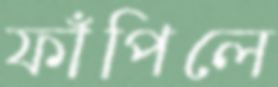
ফাঁপিলে